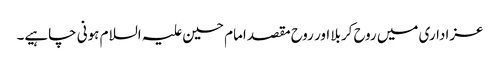
عزاداری میں روح کربلا اور روح مقصد امام حسین علیہ السلام ہونی چاہیے۔